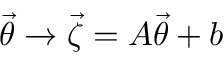
\ensuremath { \vec { \theta } } \rightarrow \vec { \zeta } = A \ensuremath { \vec { \theta } } + b